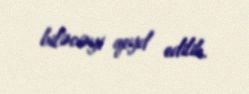
biləcəyi qeyd edilib.